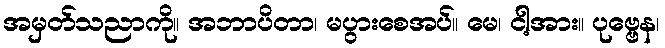
အမှတ်သညာကို။ အဘာပိတာ၊ မပွားစေအပ်။ မေ၊ ငါ့အား။ ပုဗ္ဗေန၊